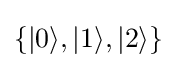
\{|0\rangle ,|1\rangle ,|2\rangle \}